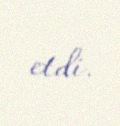
etdi.